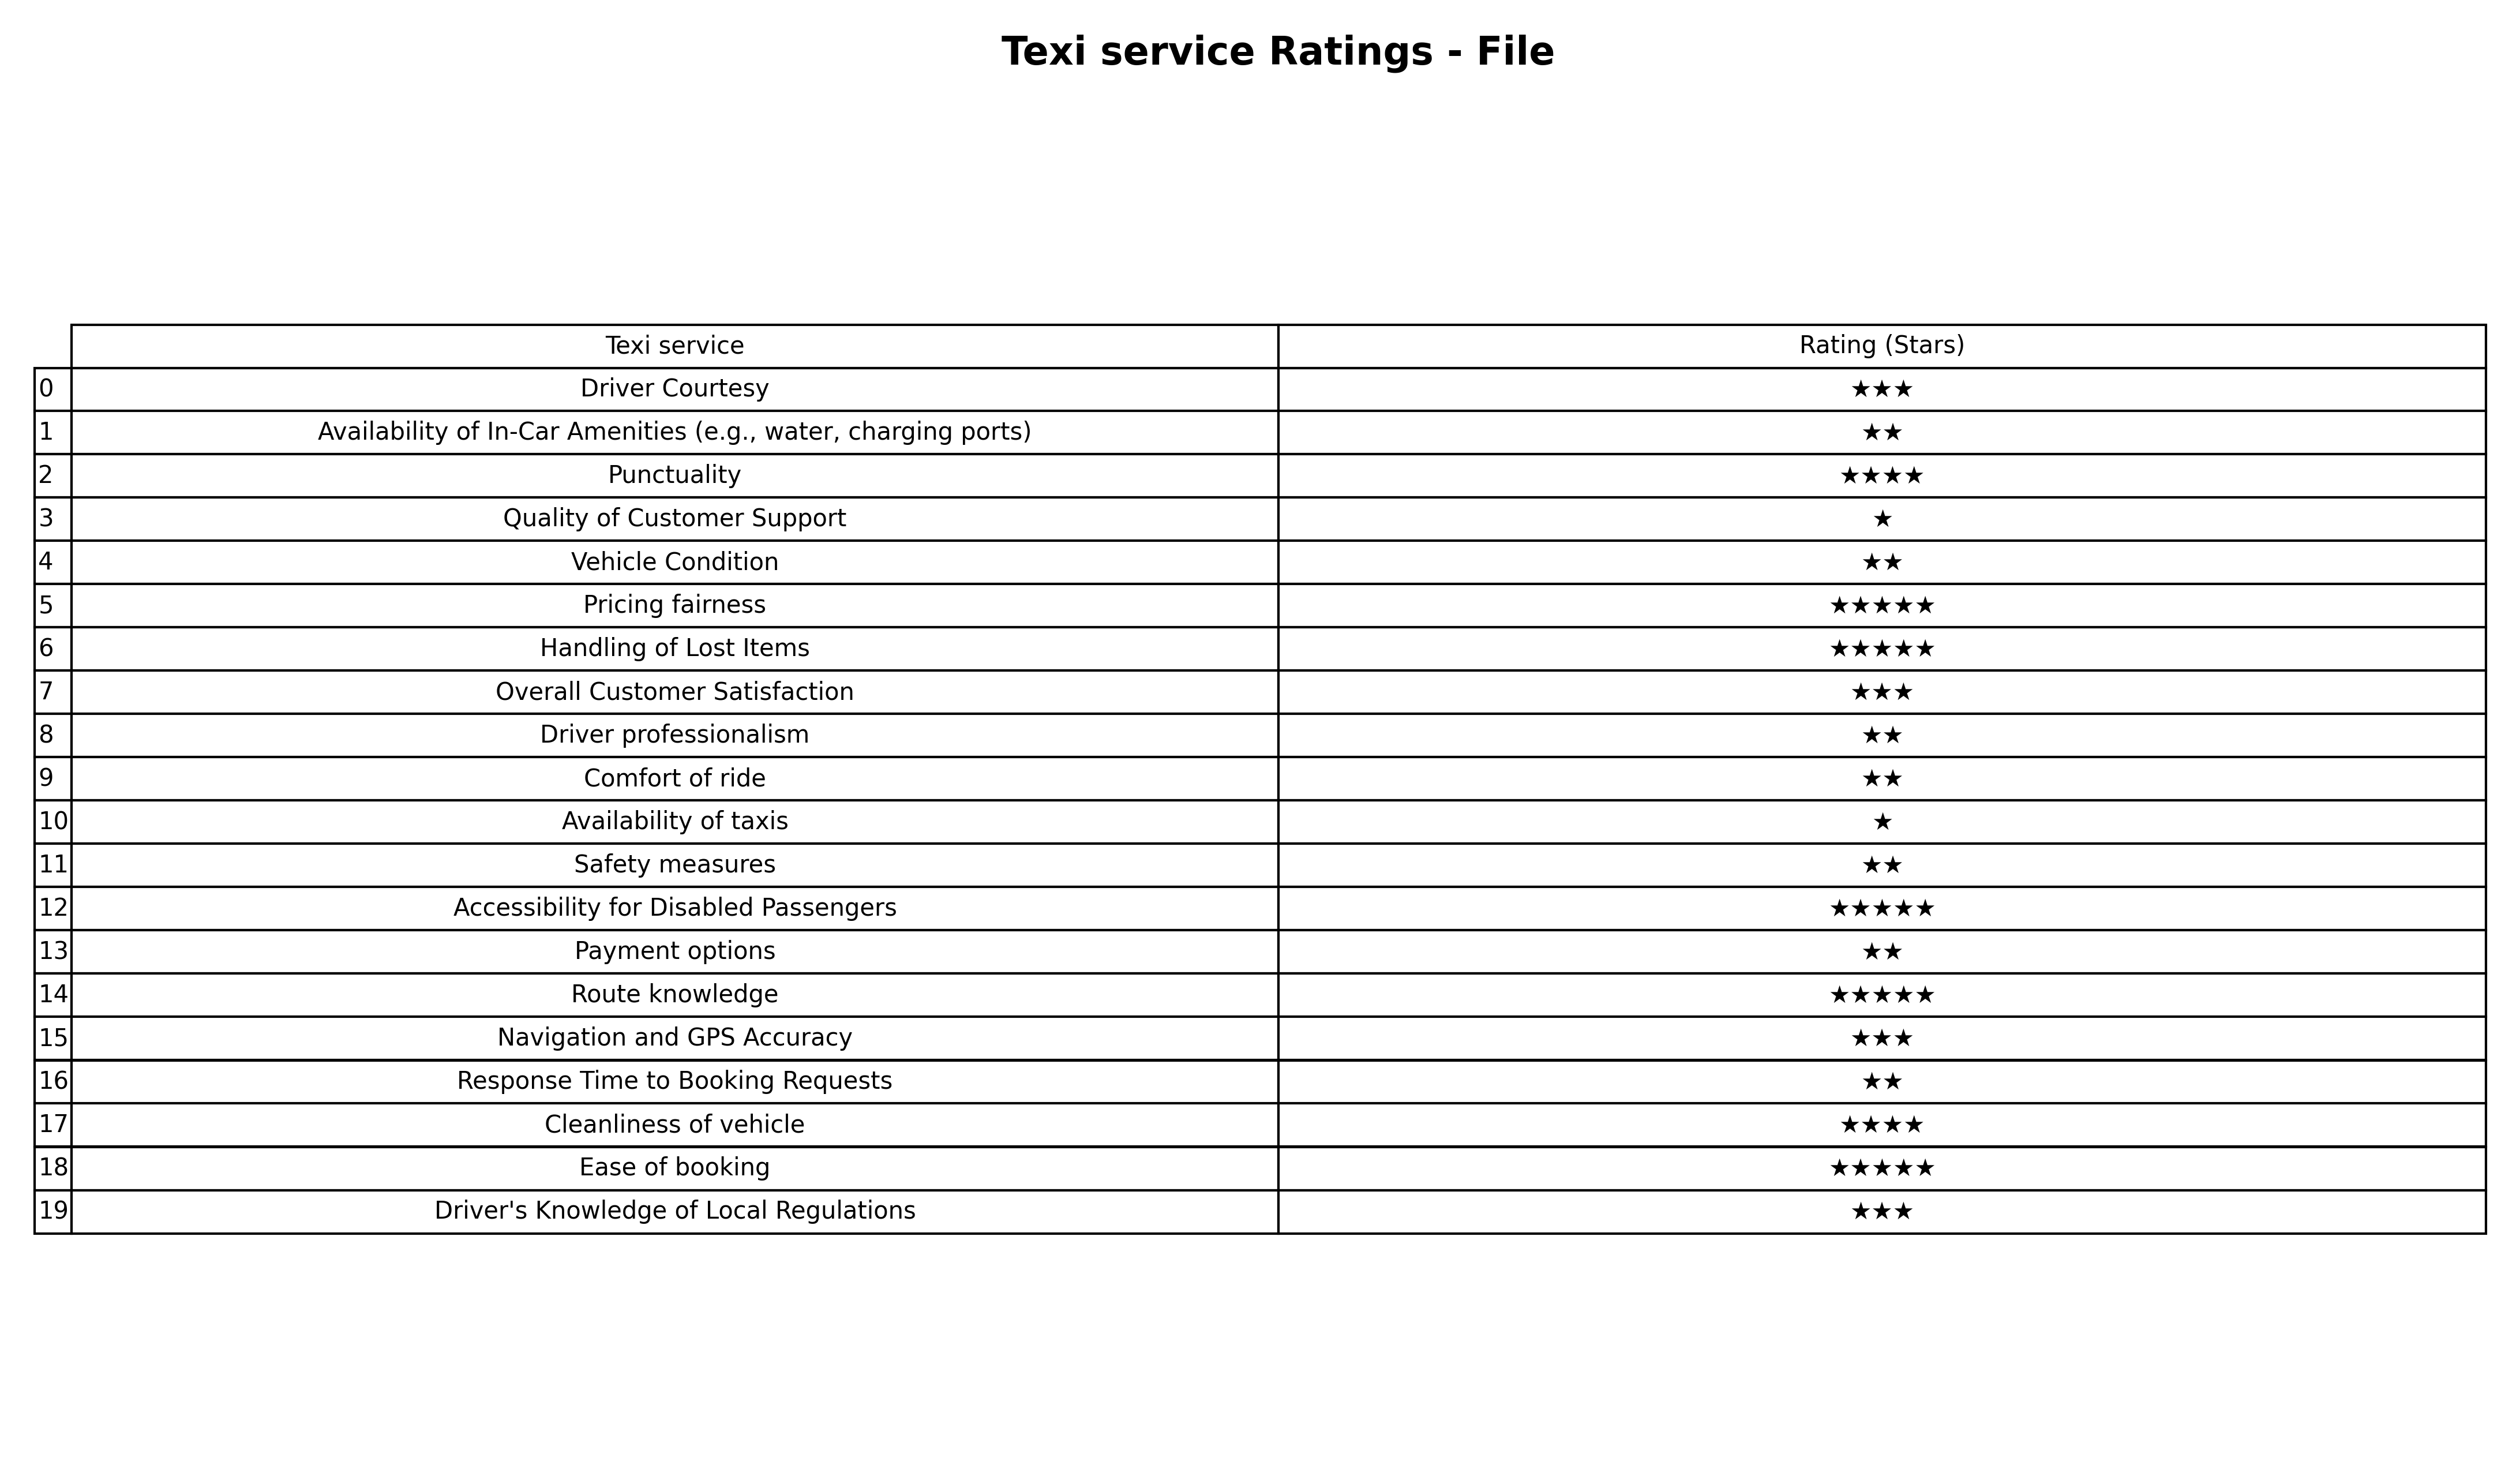
question: What are one star services?
answer: Quality of Customer SupportAvailability of taxis